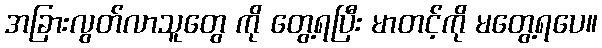
အခြားလွတ်လာသူတွေ ကို တွေ့ရပြီး မာတင့်ကို မတွေ့ရပေ။